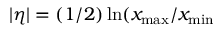
| \eta | = ( 1 / 2 ) \ln ( x _ { \mathrm { m a x } } / x _ { \mathrm { m i n } }